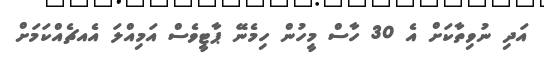
އަދި ނުވިތާކަށް އެ 30 ހާސް މީހުން ހިމެނޭ ޕާޓީވެސް އަމިއްލަ އެއޗެއްކަމަށް